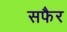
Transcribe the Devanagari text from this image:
सफैर